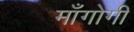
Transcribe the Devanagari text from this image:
माँगोगी